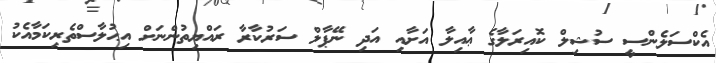
އެކްސަލެންސީ ސުޝިލް ކޮއިރަލާގެ ޢާއިލާ އަށާއި އަދި ނޭޕާލް ސަރުކާރާ ރައްޔިތުންނަށް އިޙުލާސްތެރިކަމާއެކު